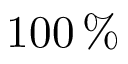
1 0 0 \, \%